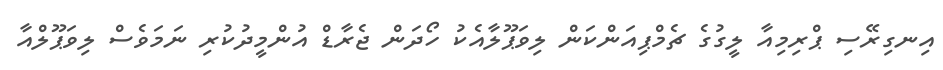
އިނގިރޭސި ޕްރިމިއާ ލީގުގެ ޗެމްޕިއަންކަން ލިވަޕޫލާއެކު ހޯދަން ޖެރާޑް އުންމީދުކުރި ނަމަވެސް ލިވަޕޫލްއާ